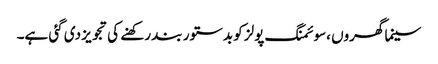
سینما گھروں ،سوئمنگ پولز کو بدستور بند رکھنے کی تجویز دی گئی ہے۔